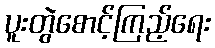
ပူးတွဲစောင့်ကြည့်ရေး